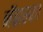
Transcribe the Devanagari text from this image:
नॅब्रास्का